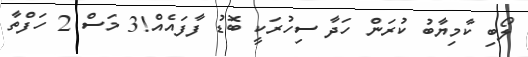
ލޯބި ކާމިޔާބު ކުރަން ހަދާ ސިހުރަކީ ބޮޑު ފާފައެއް!3 މަސް 2 ހަފްތާ